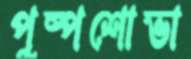
পুষ্পশোভা